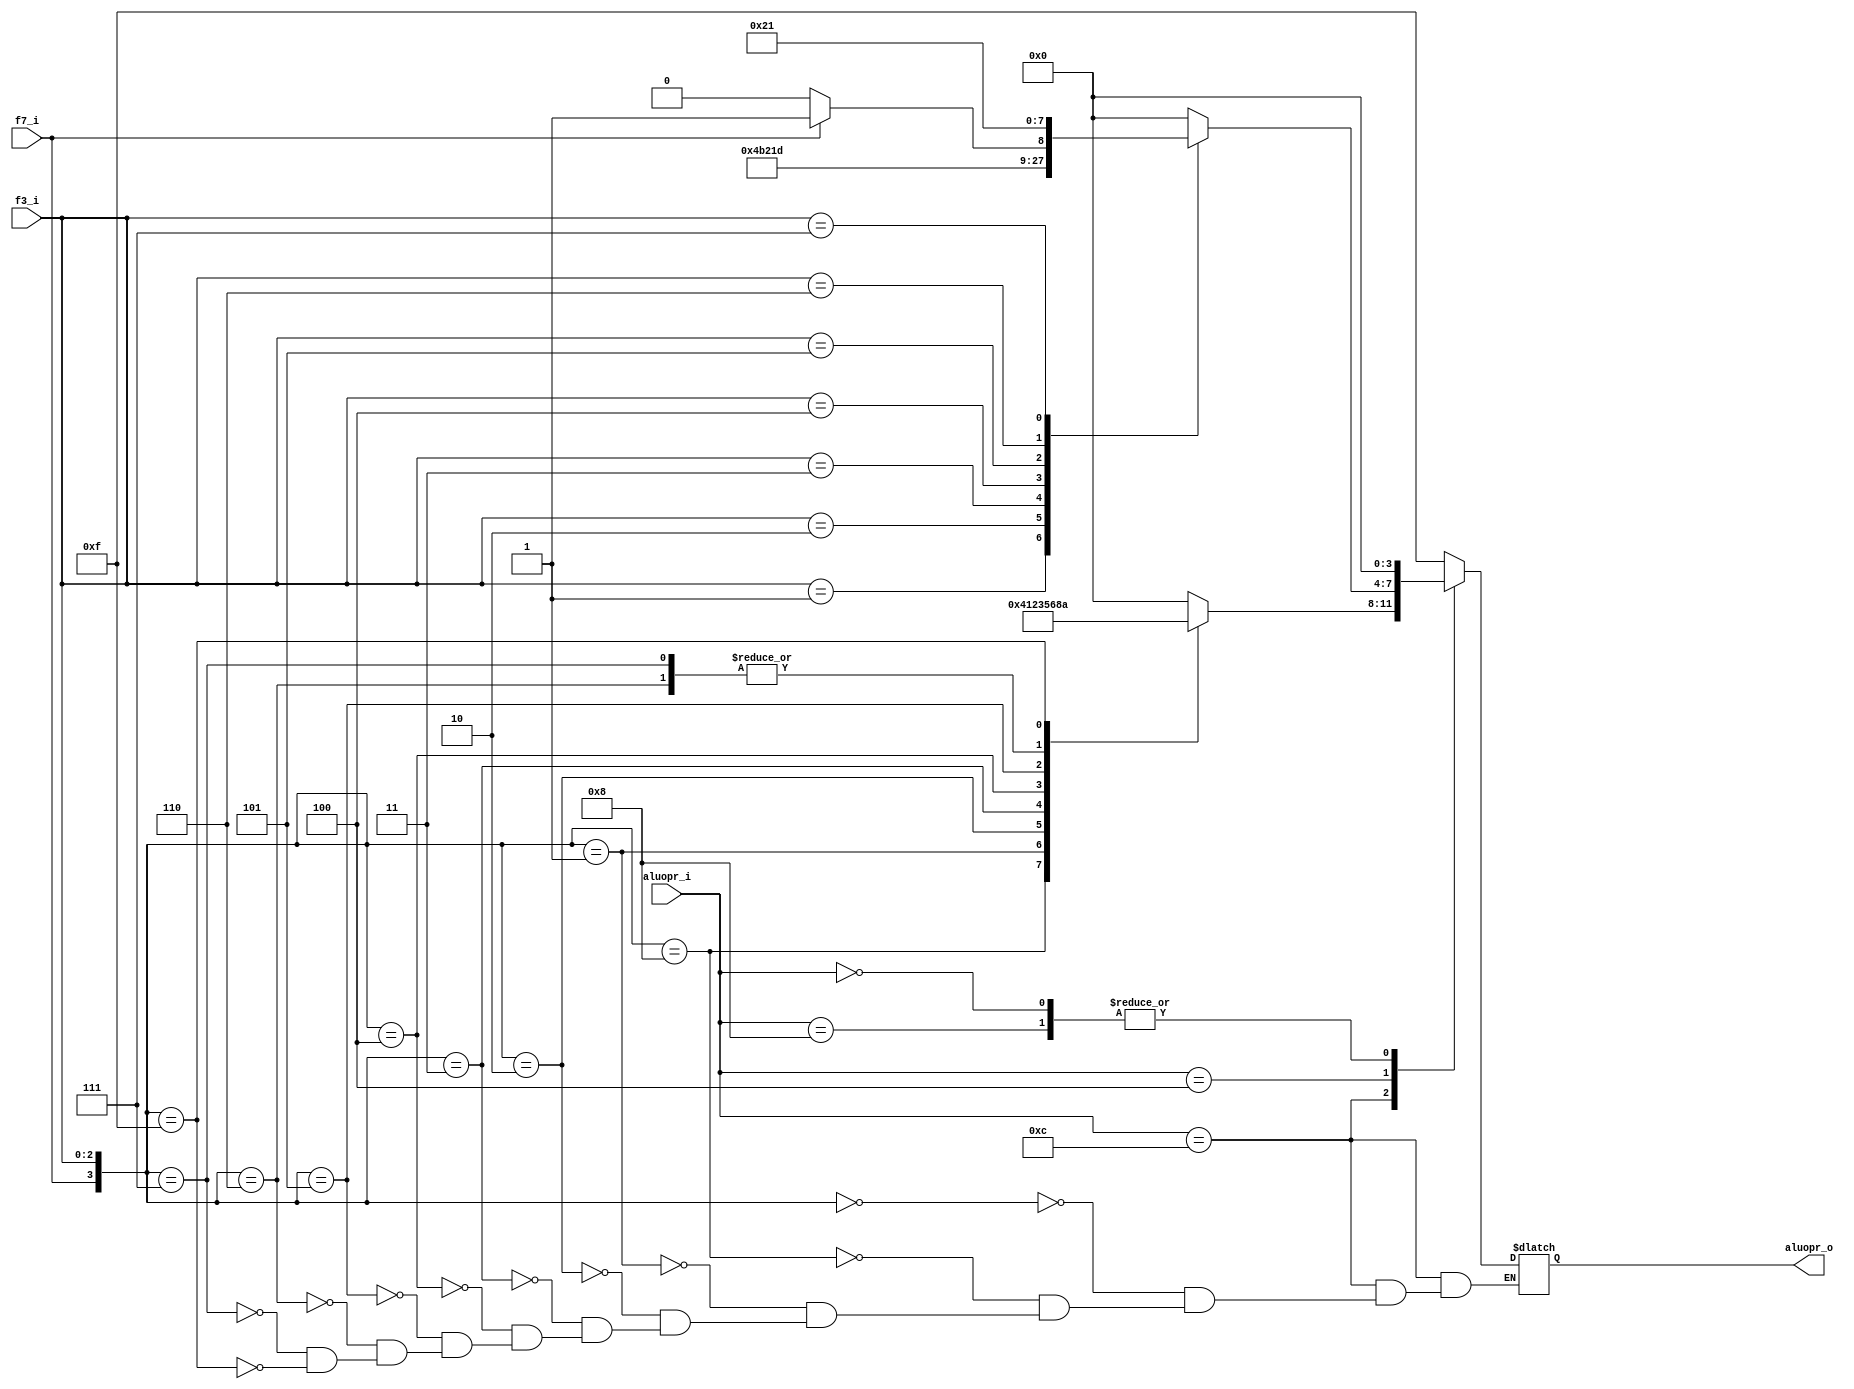
/* 

	Proyecto: monociclo
	Archivo: aluctrl.v
	Grupo: 5CV3
	Equipo: 5
	Integrantes:
	
		Carmona Cid Giselle 
		Fuentes Godinez Alondra 
		Marin Nostroza Luis Enrique 
		Reyes Vivar Fernando 
		Sanchez Martinez Brian Omar 
	
	Descripcion:  Codigo de ALU control

*/


module aluctrl (

	input 					f7_i,
	input				[2:0]	f3_i,
	input				[3:0]	aluopr_i,
	output	reg	[3:0]	aluopr_o
	
);



always @(*)
	begin
		case (aluopr_i)
		
			//INSTRUCCIONES TIPO R
			5'b01100:	
				begin
					case ({f7_i, f3_i})
						4'b0_000:
							aluopr_o = 4'b0_0_00; // SUMA
						4'b1_000:
							aluopr_o = 4'b0_1_00; // RESTA
						4'b0_001:
							aluopr_o = 4'b0_0_01; // AND
					   4'b0_010:
							aluopr_o = 4'b0_0_10; // OR
						4'b0_011:
							aluopr_o = 4'b0_0_11; // XOR
						4'b0_100:
							aluopr_o = 4'b0_1_01; // SLT
						4'b0_101:
							aluopr_o = 4'b0_1_10; // SLTU
						4'b0_110:
							aluopr_o = 4'b1_0_00; // <<
						4'b0_111:
							aluopr_o = 4'b1_0_00; // >>
						4'b1_111:
							aluopr_o = 4'b1_0_10; // >>>
					endcase
            end
			
			// INSTRUCCIONES TIPO I
			5'b00100:	
				begin
					case (f3_i)
						3'b000:
							aluopr_o= 4'b0_0_00; // Suma inmediata
						3'b001:
							aluopr_o= 4'b1_0_01; // SLLI
						3'b010:
							aluopr_o= 4'b0_1_10; // SLTI
						3'b011:
							aluopr_o= 4'b0_1_00; // SLTIU
						3'b100:
							aluopr_o= 4'b0_0_11; // XORI
						3'b101:
							if (f7_i)					//-----------si f7 es 1 es a y si es 0 es b----------
								aluopr_o= 4'b1_0_11; // SRAI
							else
								aluopr_o= 4'b1_0_10; // SRLI
						3'b110:
							aluopr_o= 4'b0_0_10; // ORI
						3'b111:
							aluopr_o= 4'b0_0_01; // ANDI
					endcase
				end
				
				
			// INSTRUCCIONES TIPO S
			5'b01000:	
				begin
					aluopr_o= 4'b0_0_00;
				end
				
				
			// INSTRUCCIONES TIPO L
			5'b00000:	
				begin
					aluopr_o= 4'b0_0_00;
				end
				
				
			// INSTRUCIONES TIPO B
			5'b11000:	
				begin		// BEQ, BNE, BLT, BGT
					case (f3_i)
						3'b000:
							aluopr_o= 4'b0_1_01; // BEQ
						3'b001:
							aluopr_o= 4'b0_1_01; // BNE
						3'b100:
							aluopr_o= 4'b0_1_10; // BLT
						3'b101:
							aluopr_o= 4'b0_1_10; // BGE
						/*3'b110:
							aluopr_o= 4'b0_1_00; // BLTU
						3'b111:
							aluopr_o= 4'b0_1_10; // BGEU*/
					endcase
				end
			default:
				aluopr_o= 4'b1_1_11;
			endcase
		end
endmodule